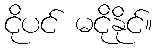
ငိုပင် မငိုနိုင်။